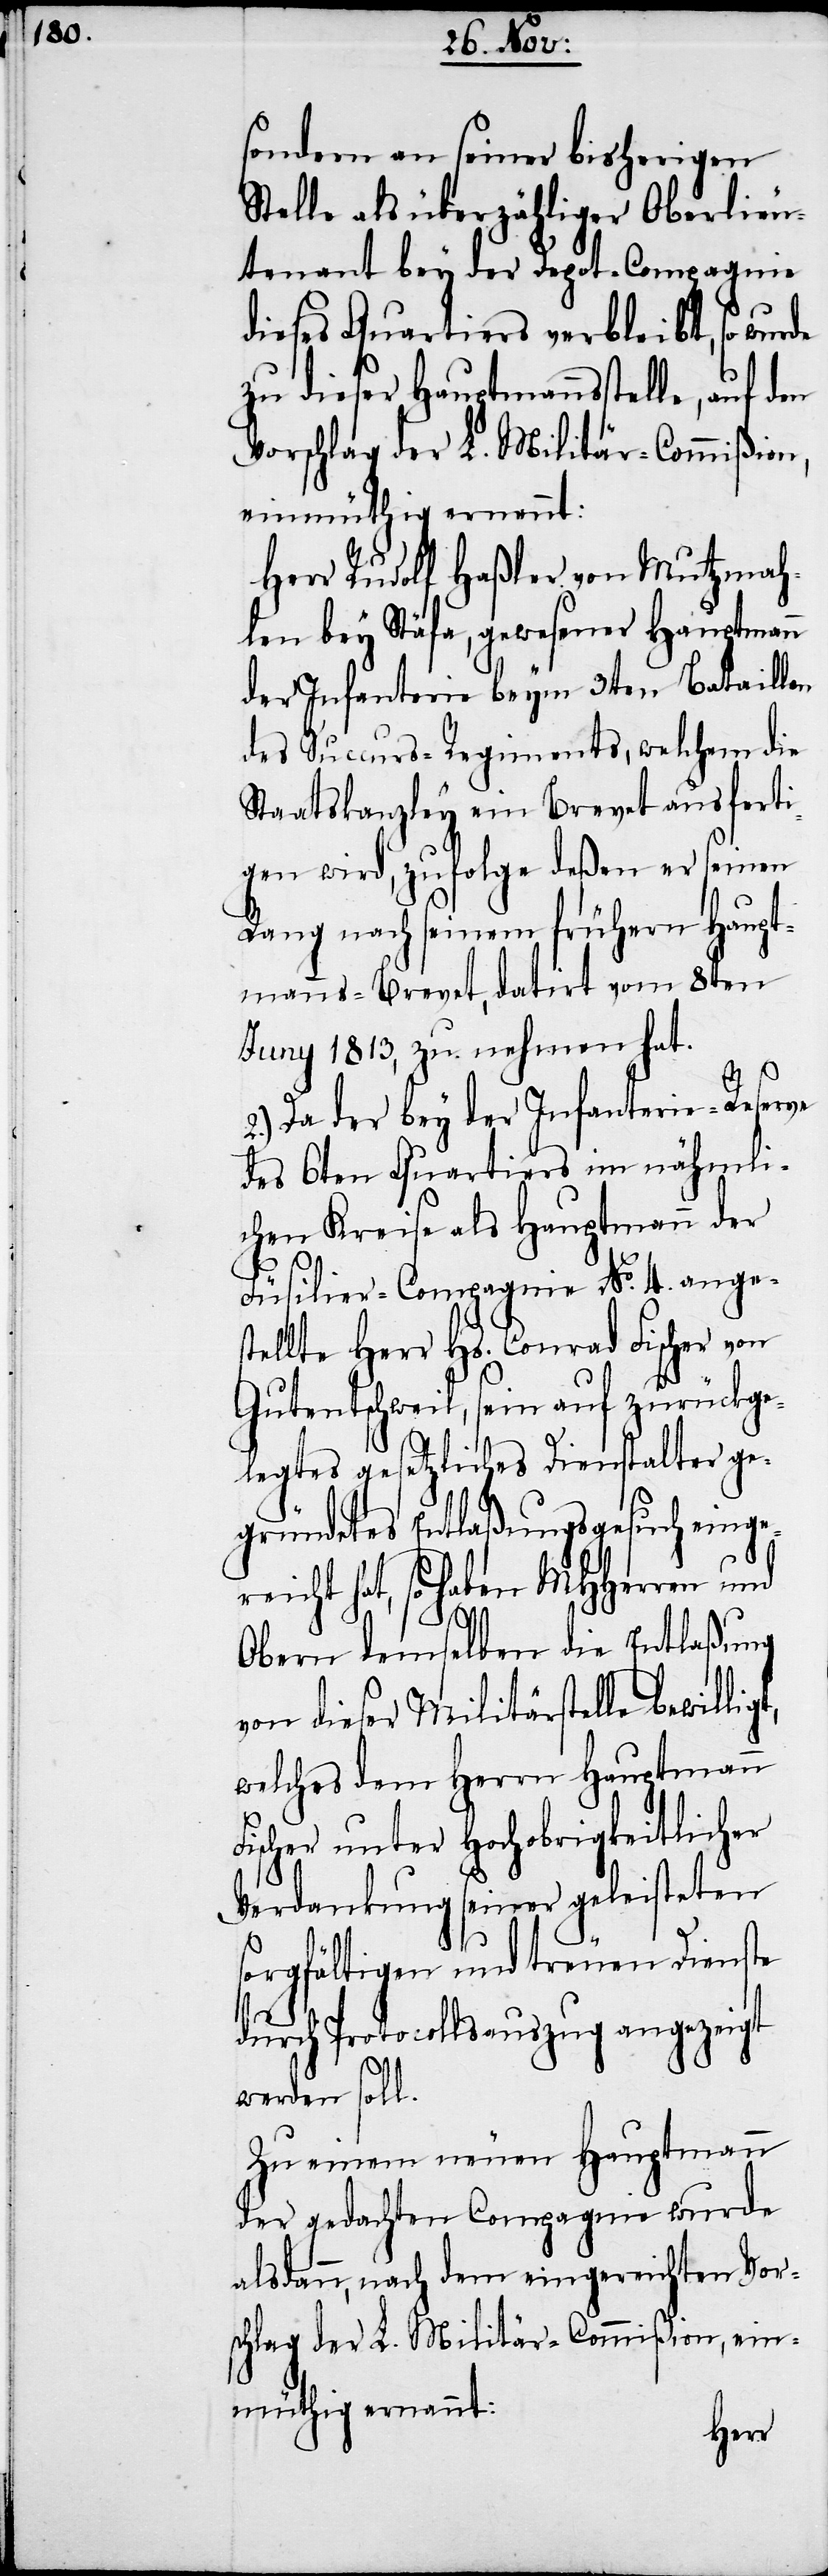
sondern an seiner bisherigen
Stelle als überzähliger Oberlieu¬
tenant bey der Depot-Compagnie
dieses Quartiers verbleibt, so wur¬
zu dieser Hauptmannsstelle, auf den
Vorschlag der L. Militär-Commißion,
einmüthig ernennt:
Herr Rudolf Haßler von Mutzmah¬
len bey Stäfa, gewesener Hauptmann
der Infanterie beym 3ten Bataillon
des Succurs-Regiments, welchem die
Staatskanzley ein Brevet ausferti¬
gen wird, zufolge deßen er seinen
Rang nach seinem frühern Haupt¬
manns-Brevet, datirt vom 8ten
Juny 1813, zu nehmen hat.
2.) Da der bey der Infanterie-Reser¬
des 6ten Quartiers im nähmli¬
chen Kreise als Hauptmann der
t,
Füsilier-Compagnie No. 4. anges¬
tellte Herr Hs. Conrad Fischer von
Gutentschweil, sein auf zurückge¬
legtes gesetzliches Dienstalter ge¬
gründetes Entlaßungsgesuch einge¬
reicht hat, so haben MHHerren und
Obern demselben die Entlaßung
von dieser Militärstelle bewilli¬
welches dem Herrn Hauptmann
Fischer unter Hochobrigkeitlicher
Verdankung seiner geleisteten
sorgfältigen und treuen Dienste
durch Protocollsauszug angezeigt
werden soll.
Zu einem neuen Hauptmann
der gedachten Compagnie wurde
alsdann, nach dem eingereichten Vor¬
schlag der L. Militär-Commißion, ein¬
müthig ernannt: